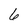
Character: 6